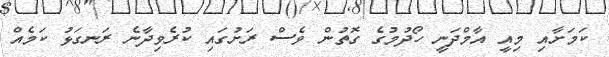
ކަމަށާއި މިއީ އާމްދަނީ ހޯދުމުގެ ގޮތުން ވެސް ރަށުގައި ކުރެވިދާނެ ރަނގަޅު ކަމެއް